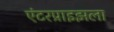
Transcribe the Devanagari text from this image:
एंटरप्राइझला